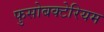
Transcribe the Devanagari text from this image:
फुसोबक्टेरियम